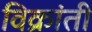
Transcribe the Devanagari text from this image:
विक्रांती